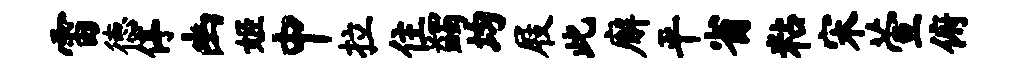
雷德停幽姬中拉住蠲均屐此廨平省粘宋萱俯